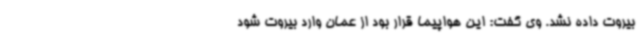
بیروت داده نشد. وی گفت: این هواپیما قرار بود از عمان وارد بیروت شود